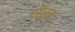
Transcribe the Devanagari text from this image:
सेल्ड